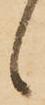
候